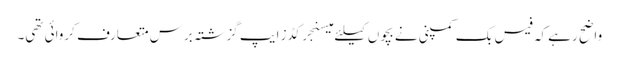
واضح رہے کہ فیس بک کمپنی نے بچوں کیلئے میسنجر کڈز ایپ گزشتہ برس متعارف کروائی تھی۔